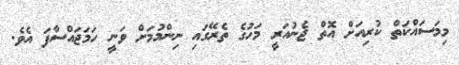
މިމަސައްކަތް ކުރިއަށް އޮތް ޖެނުއަރީ މަހުގެ ތެރޭގައި ނިންމުމަށް ވަނީ ހަމަޖައްސާފަ އެވެ.